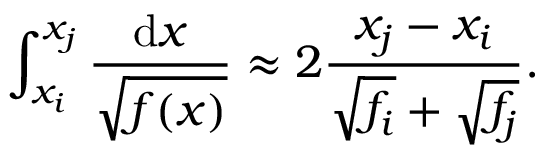
\int _ { x _ { i } } ^ { x _ { j } } \frac { \mathrm { d } x } { \sqrt { f ( x ) } } \approx 2 \frac { x _ { j } - x _ { i } } { \sqrt { f _ { i } } + \sqrt { f _ { j } } } .